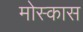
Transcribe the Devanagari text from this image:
मोस्कास